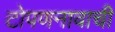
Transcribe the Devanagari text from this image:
टोपणनावाची